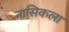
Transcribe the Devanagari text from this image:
नासिकला